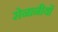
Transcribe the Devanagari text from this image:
सेनानीयों